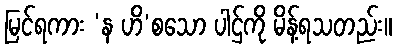
မြင်ရကား ‘န ဟိ’စသော ပါဌ်ကို မိန့်ရသတည်း။